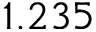
1 . 2 3 5